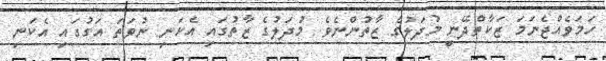
ހަމަވެއްޖެނަމަ ޒަކާތްދޭނީ މުދަލުގެ ޒާތުންނެވެ. މުދަލުގެ ޒާތުގައި އެކަނި ނުވަތަ އަގުގައި އެކަނި